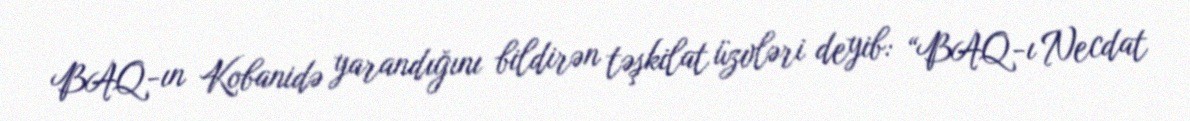
BAQ-ın Kobanidə yarandığını bildirən təşkilat üzvləri deyib: “BAQ-ı Necdat